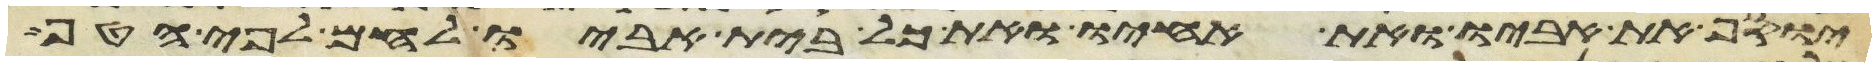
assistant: יוסף את אביו ואת אחיו ואת כל בית אביו לחם לפי הטף